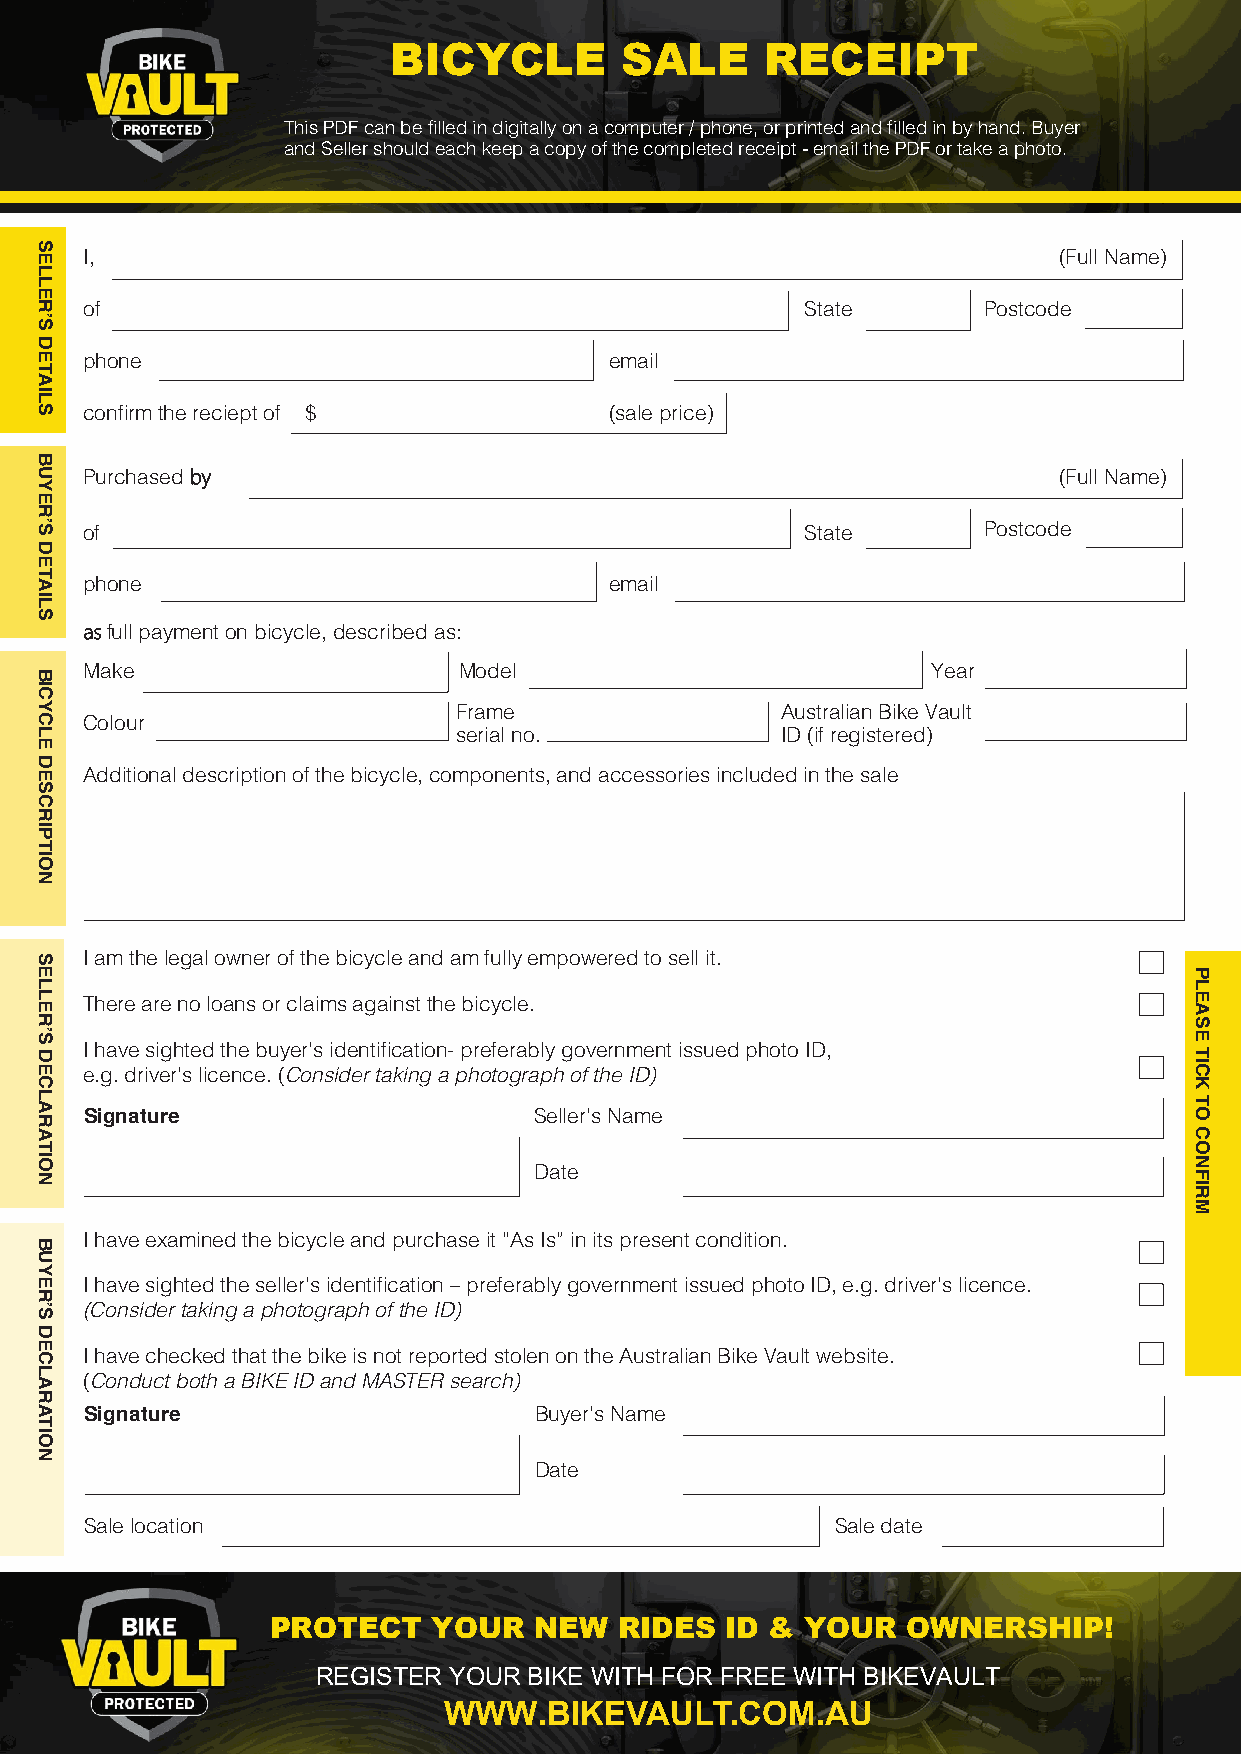
BICYCLE        SALE      RECEIPT
 This PDF can be filled in digitally on a computer / phone, or printed and filled in by hand. Buyer
 and Seller should each keep a copy of the completed receipt - email the PDF or take a photo.
 I,                                                              (Full Name)
 of                                             State       Postcode
 phone                             email
 confirm the reciept of $          (sale price)
 Purchased by                                                    (Full Name)
 of                                             State       Postcode
 phone                             email
 as full payment on bicycle, described as:
 Make                    Model                           Year
 Frame                 Australian Bike Vault
 Colour
 serial no.            ID (if registered)
 Additional description of the bicycle, components, and accessories included in the sale
 I am the legal owner of the bicycle and am fully empowered to sell it.
 There are no loans or claims against the bicycle.
 I have sighted the buyer’s identification- preferably government issued photo ID,
 e.g. driver’s licence. (Consider taking a photograph of the ID)
 Signature                    Seller’s Name
 Date
 I have examined the bicycle and purchase it “As Is” in its present condition.
 I have sighted the seller’s identification – preferably government issued photo ID, e.g. driver’s licence.
 (Consider taking a photograph of the ID)
 I have checked that the bike is not reported stolen on the Australian Bike Vault website.
 (Conduct both a BIKE ID and MASTER search)
 Signature                    Buyer’s Name
 Date
 Sale location                                    Sale date
 PROTECT    YOUR  NEW   RIDES  ID & YOUR   OWNERSHIP!
 REGISTER YOUR BIKE WITH FOR FREE WITH BIKEVAULT
 WWW.BIKEVAULT.COM.AU
 SELLER’S
 DETAILS
 BUYER’S
 DETAILS
 BICYCLE
 DESCRIPTION
 SELLER’S
 DECLARATION
 BUYER’S
 DECLARATION
 PLEASE
 TICK
 TO
 CONFIRM